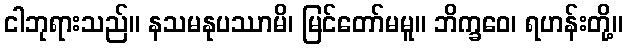
ငါဘုရားသည်။ နသမနုပဿာမိ၊ မြင်တော်မမူ။ ဘိက္ခဝေ၊ ရဟန်းတို့။